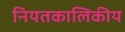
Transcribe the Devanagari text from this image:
नियतकालिकीय